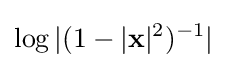
\log |(1-|\mathbf {x} |^{2})^{-1}|